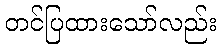
တင်ပြထားသော်လည်း